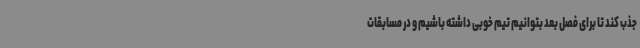
جذب کند تا برای فصل بعد بتوانیم تیم خوبی داشته باشیم و در مسابقات